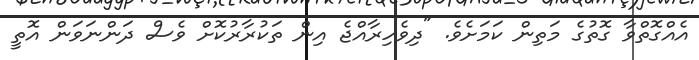
އެއްގޮތްވާ ގޮތުގެ މަތިން ކަމަށެވެ. "ދިވެހިރާއްޖެ އިން ތަކުރާރުކޮށް ވެސް ދަންނަވަން އޮތީ